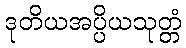
ဒုတိယအပ္ပိယသုတ္တံ